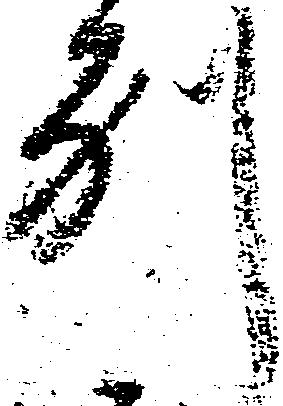
別